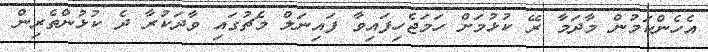
އެހެންކަމުން މާދަމާ ރޭ ކުޅުމަށް ހަމަޖެހިފައިވާ ފައިނަލް މެޗުގައި ވާދަކުރާ ދެ ކުޅުންތެރިން